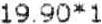
19.90*1